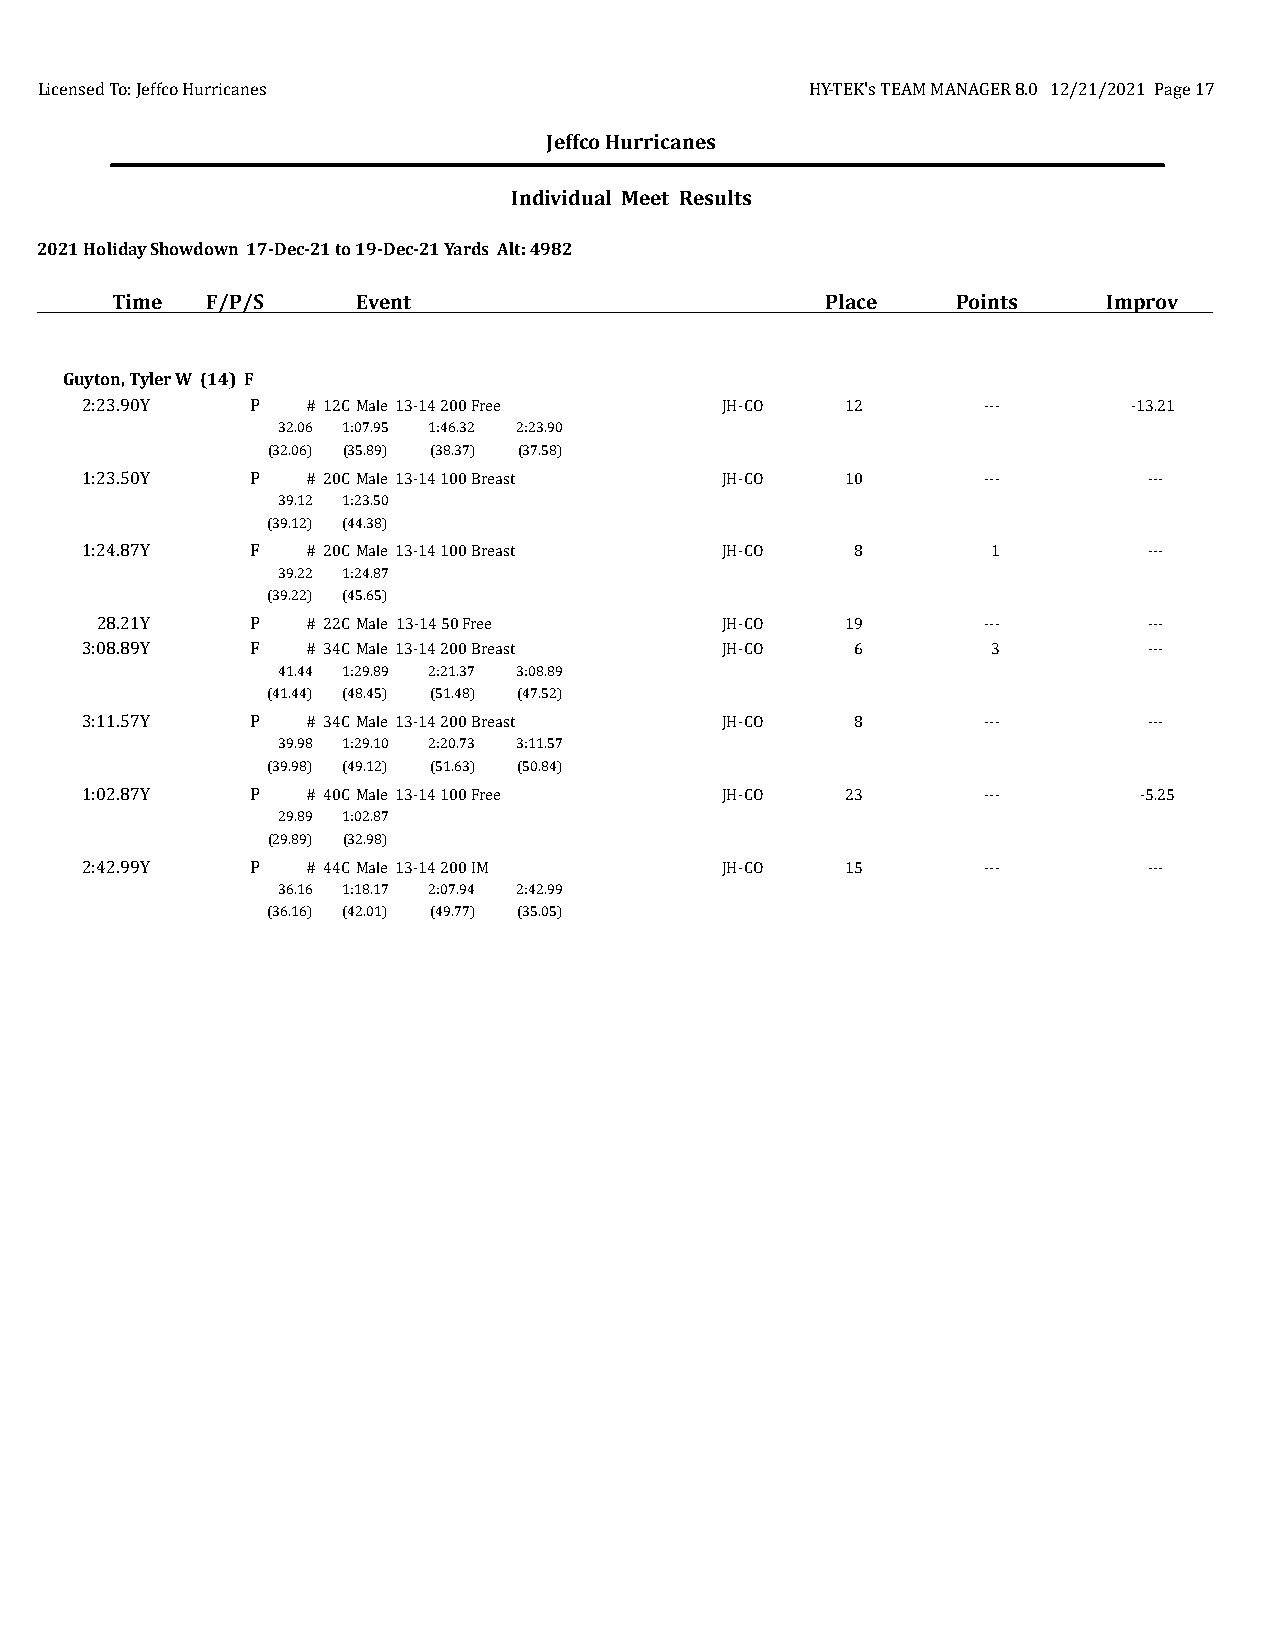
Licensed To: Jeffco Hurricanes                      HY-TEK's TEAM MANAGER 8.0 12/21/2021 Page 17
 Jeffco Hurricanes
 Individual Meet Results
 2021 Holiday Showdown 17-Dec-21 to 19-Dec-21 Yards Alt: 4982
 Time   F/P/S     Event                          Place   Points    Improv
 Guyton, Tyler W (14) F
 2:23.90Y    P  # 12CMale 13-14 200 Free    JH-CO   12       ---       -13.21
 32.06 1:07.95 1:46.32 2:23.90
 (32.06) (35.89) (38.37) (37.58)
 1:23.50Y    P  # 20CMale 13-14 100 Breast  JH-CO   10       ---        ---
 39.12 1:23.50
 (39.12) (44.38)
 1:24.87Y    F  # 20CMale 13-14 100 Breast  JH-CO    8        1         ---
 39.22 1:24.87
 (39.22) (45.65)
 28.21Y     P  # 22CMale 13-14 50 Free     JH-CO   19       ---        ---
 3:08.89Y    F  # 34CMale 13-14 200 Breast  JH-CO    6        3         ---
 41.44 1:29.89 2:21.37 3:08.89
 (41.44) (48.45) (51.48) (47.52)
 3:11.57Y    P  # 34CMale 13-14 200 Breast  JH-CO    8       ---        ---
 39.98 1:29.10 2:20.73 3:11.57
 (39.98) (49.12) (51.63) (50.84)
 1:02.87Y    P  # 40CMale 13-14 100 Free    JH-CO   23       ---       -5.25
 29.89 1:02.87
 (29.89) (32.98)
 2:42.99Y    P  # 44CMale 13-14 200 IM      JH-CO   15       ---        ---
 36.16 1:18.17 2:07.94 2:42.99
 (36.16) (42.01) (49.77) (35.05)